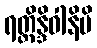
ရတ္တိန္ဒိဝါနိပိ